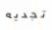
تجديه